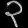
Digit: ၃